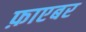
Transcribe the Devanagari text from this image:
फ़ाएबर